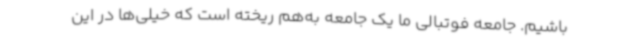
باشیم. جامعه فوتبالی ما یک جامعه به‌هم ریخته است که خیلی‌ها در این